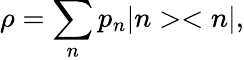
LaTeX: \rho=\sum_{n}p_{n}|n><n|,